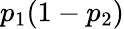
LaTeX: p_{1}(1-p_{2})